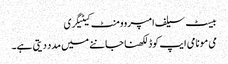
بیسٹ سیلف امپروومنٹ کیٹیگری
می مو نامی ایپ کوڈ لکھنا جاننے میں مدد دیتی ہے۔